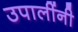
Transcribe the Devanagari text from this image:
उपालींनी